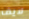
لايف